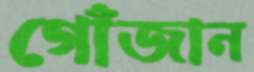
গোঁজান